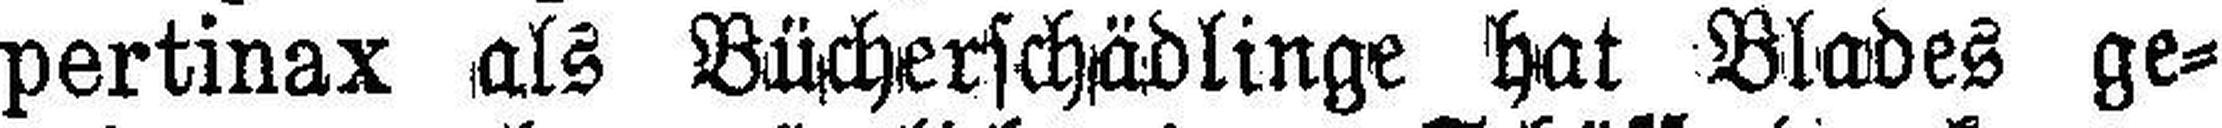
pertinax als Bücherschädlinge hat Blades ge¬